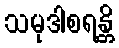
သမုဒါစရန္တိ